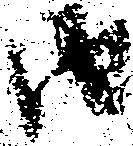
由